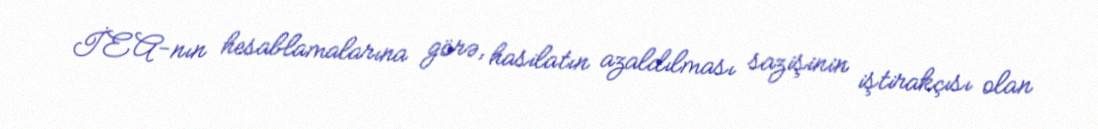
İEA-nın hesablamalarına görə, hasilatın azaldılması sazişinin iştirakçısı olan